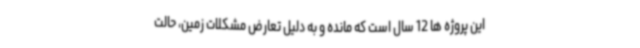
این پروژه ها 12 سال است که مانده و به دلیل تعارض مشکلات زمین، حالت